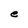
Character: e